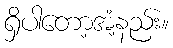
ရှိပါတော့အံ့နည်း။